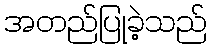
အတည်ပြုခဲ့သည်